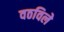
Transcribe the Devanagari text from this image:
वठविले